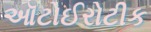
ઑટોઈરોટીક